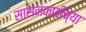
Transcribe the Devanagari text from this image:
सासनकाठीच्या